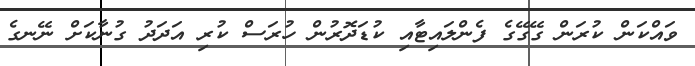
ވައްކަން ކުރަން ގޭގޭގެ ފެންލައިޓާއި ކުޑަދޮރުން ހުރަސް ކުރި އަދަދު ގުނާކަށް ނޭނގެ